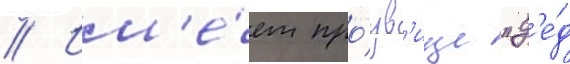
// Им'е́ет про́зв'ище "д'е́д